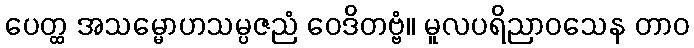
ပေတ္ထ အသမ္မောဟသမ္ပဇညံ ဝေဒိတဗ္ဗံ။ မူလပရိညာဝသေန တာဝ